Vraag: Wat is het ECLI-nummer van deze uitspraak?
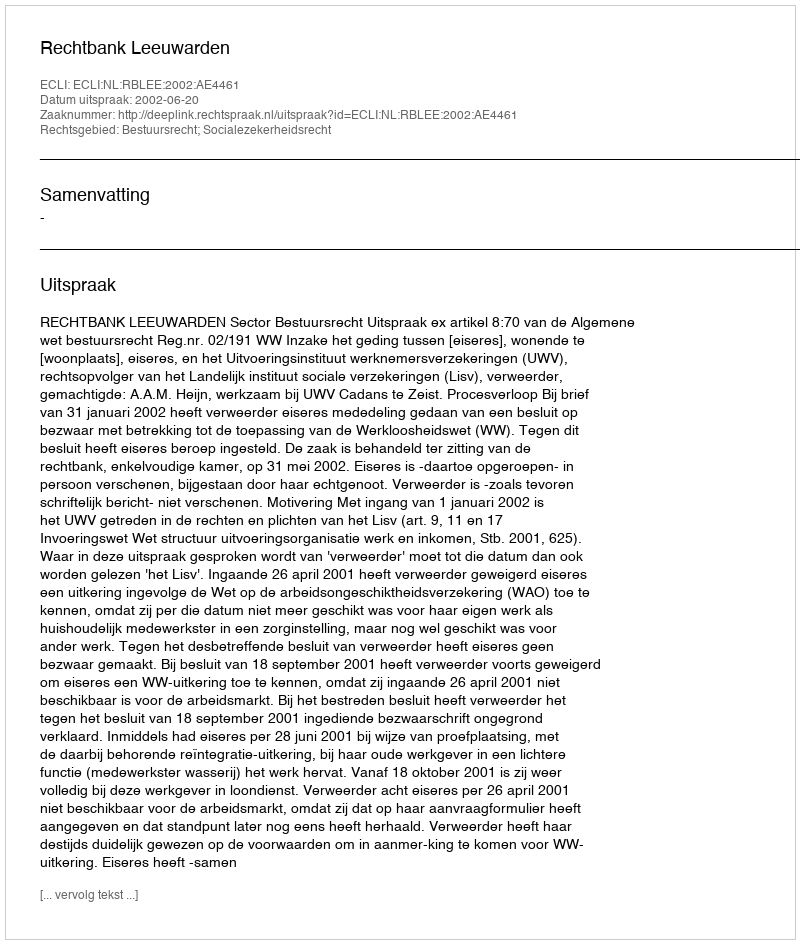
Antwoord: ECLI:NL:RBLEE:2002:AE4461